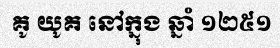
គូ យូគ នៅក្នុង ឆ្នាំ ១២៥១